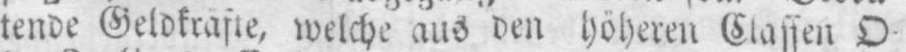
welche aus den höheren Classen O⸗